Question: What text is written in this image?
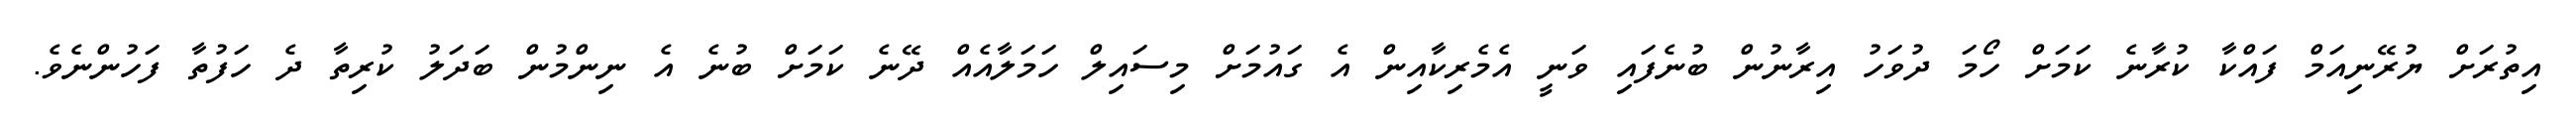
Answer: އިތުރަށް ޔުރޭނިއަމް ފައްކާ ކުރާނެ ކަމަށް ހޯމަ ދުވަހު އިރާނުން ބުނެފައި ވަނީ އެމެރިކާއިން އެ ގައުމަށް މިސައިލް ހަމަލާއެއް ދޭނެ ކަމަށް ބުނެ އެ ނިންމުން ބަދަލު ކުރިތާ ދެ ހަފުތާ ފަހުންނެވެ.